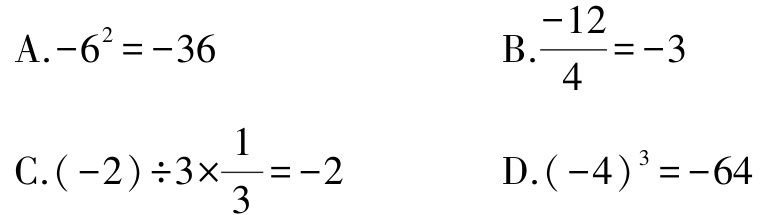
A.$-6^{2}=-36$

B.$\frac{-12}{4}=-3$

C.$(-2)\div3\times\frac{1}{3}=-2$

D.$(-4)^{3}=-64$